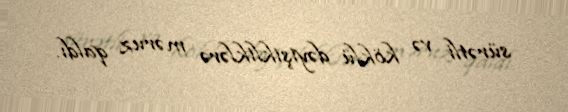
sürətli və köklü dəyişikliklərə məruz qaldı.